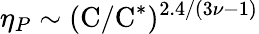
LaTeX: \eta_{P}\sim(\textrm{C}/\textrm{C}^{*})^{2.4/(3\nu-1)}